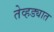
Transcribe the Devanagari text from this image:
तेव्हड्यात